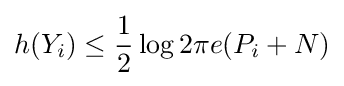
h(Y_{i})\leq {\frac {1}{2}}\log {2\pi e}(P_{i}+N)\,\!